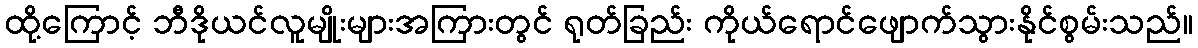
ထို့ကြောင့် ဘီဒိုယင်လူမျိုးများအကြားတွင် ရုတ်ခြည်း ကိုယ်ရောင်ဖျောက်သွားနိုင်စွမ်းသည်။